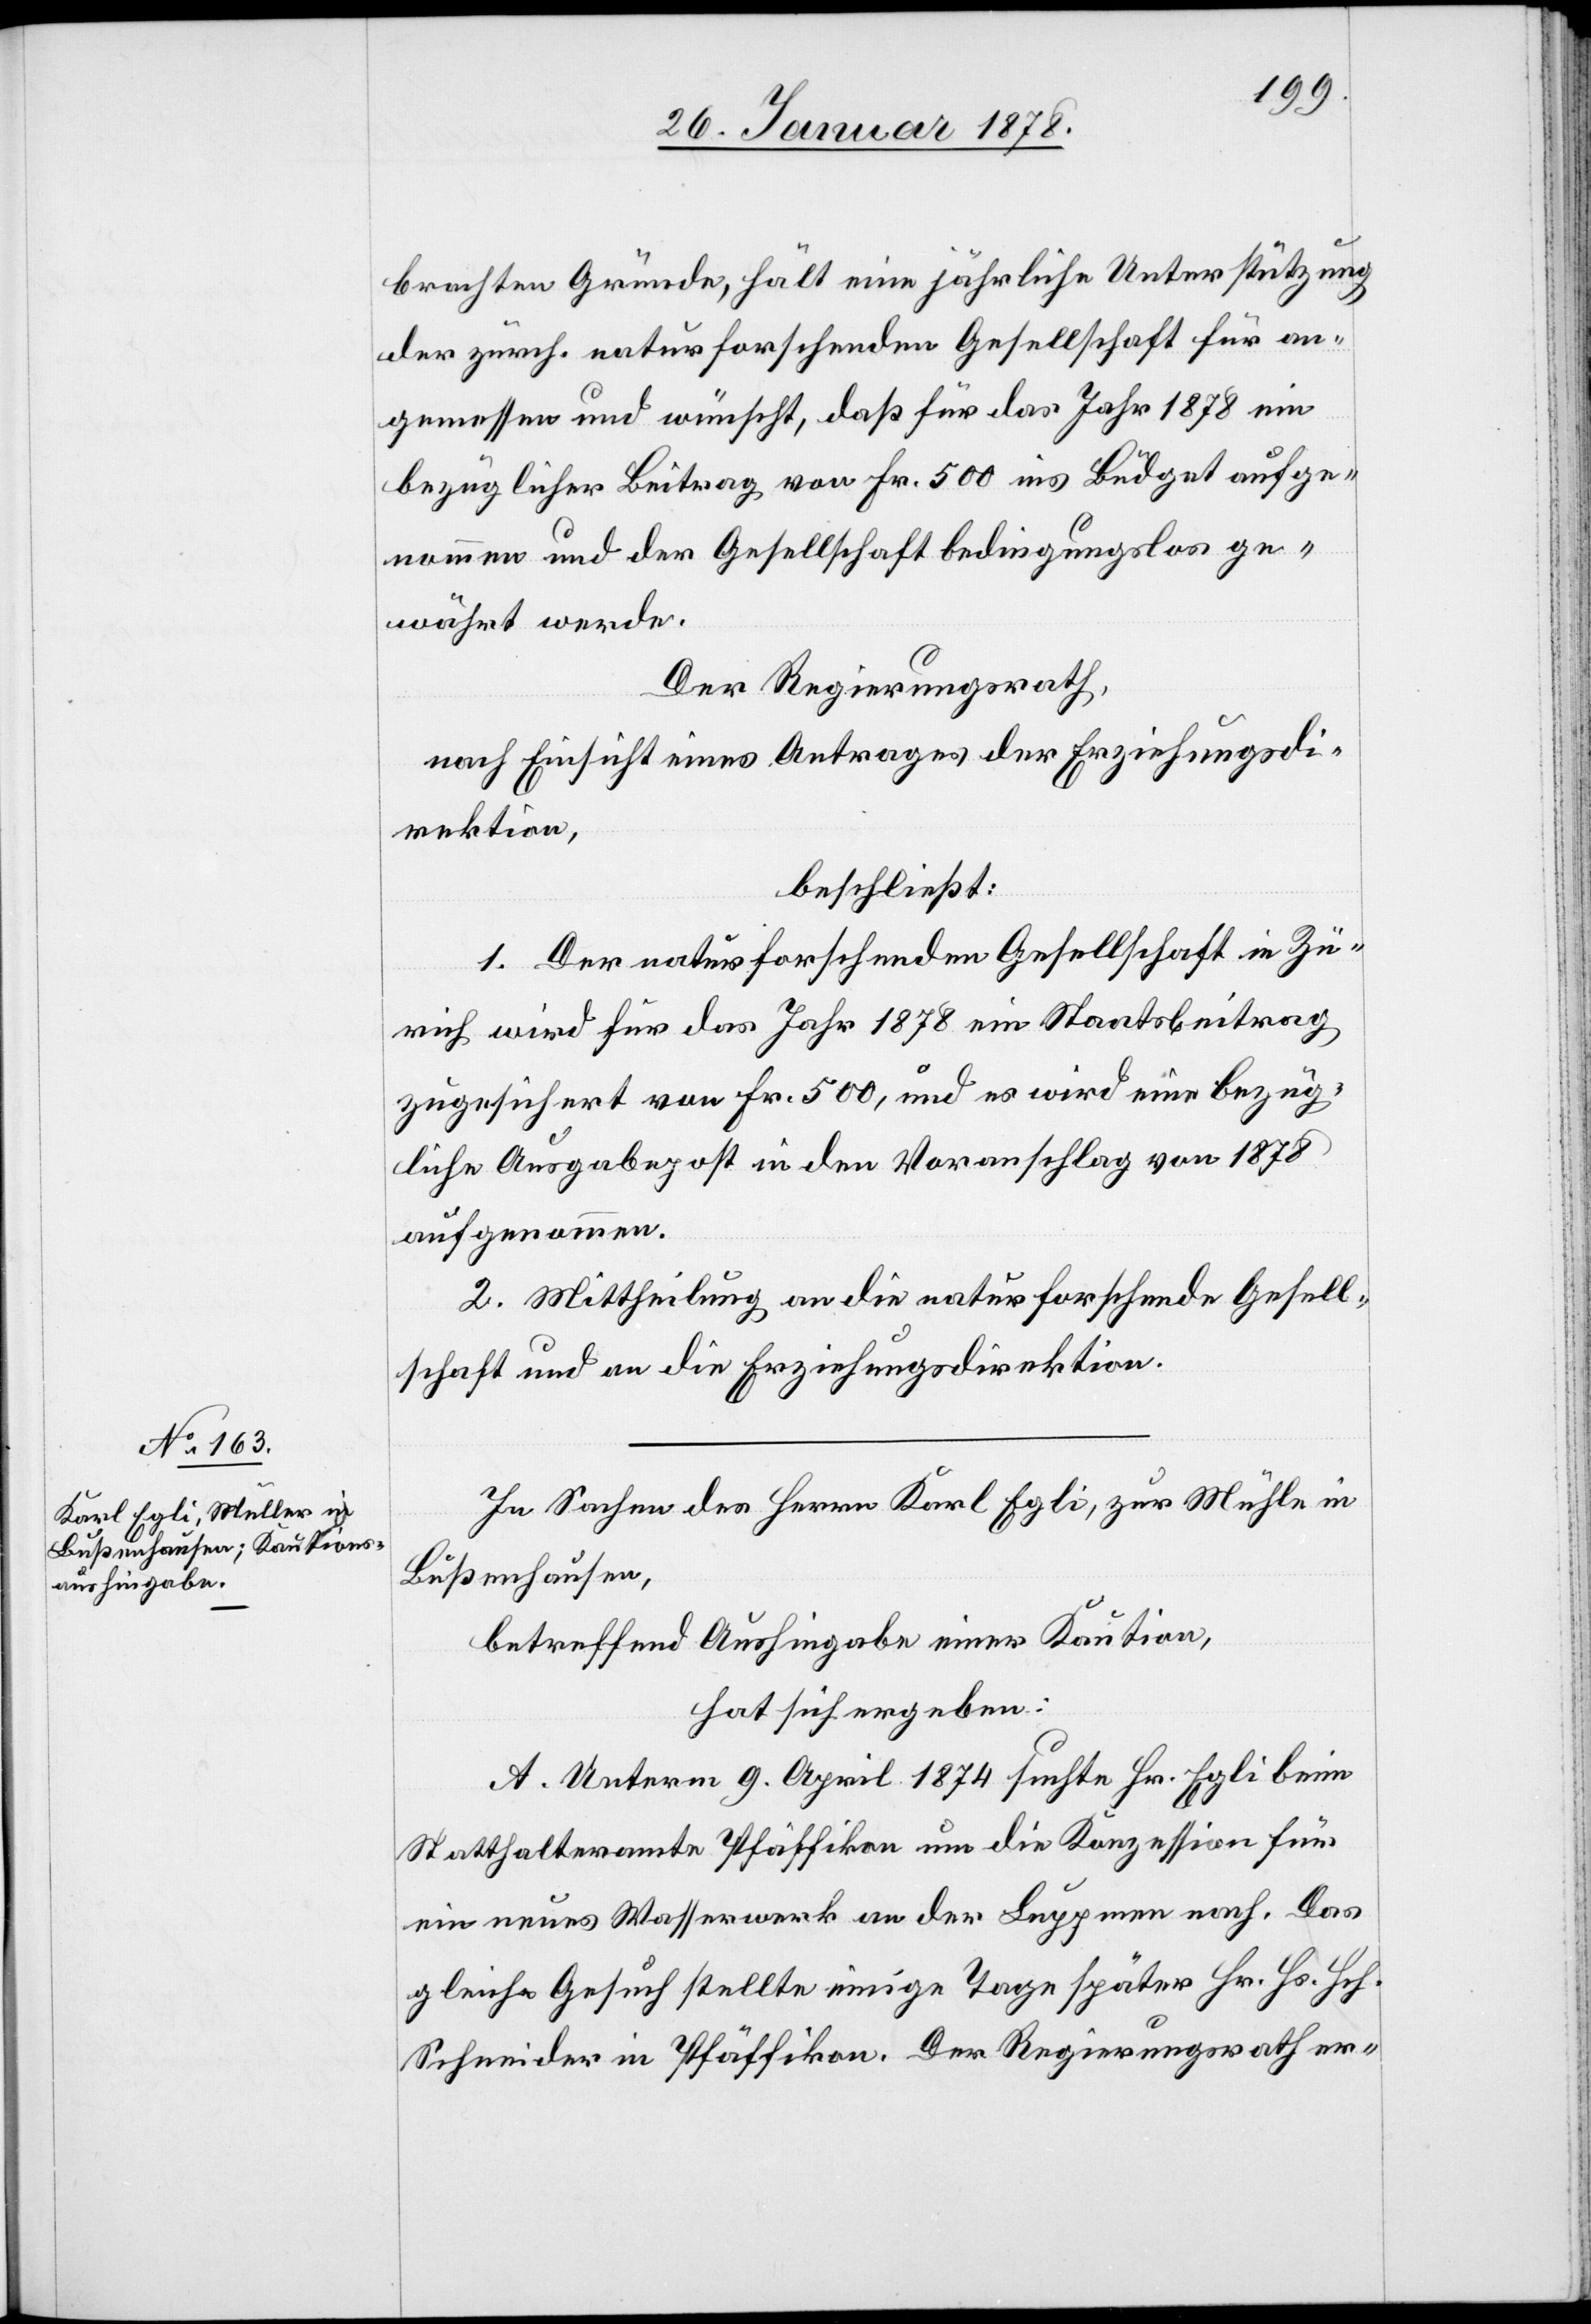
brachten Gründe, hält eine jährliche Unterstützung
der zürch. naturforschenden Gesellschaft für an¬
gemessen und wünscht, daß für das Jahr 1878 ein
bezüglicher Beitrag von Fr. 500 ins Büdget aufge¬
ein
nommen und der Gesellschaft bedingungslos ge¬
währt werde.
Der Regierungsrath,
nach Einsicht eines Antrages der Erziehungsdi¬
rektion,
beschließt:
1. Der naturforschenden Gesellschaft in Zü¬
zugesichert von Fr. 500, und es wird eine bezüg¬
liche Ausgabepost in den Voranschlag von 1878
aufgenommen.
2. Mittheilung an die naturforschende Gesell¬
schaft und an die Erziehungsdirektion.
In Sachen des Herrn Karl Egli, zur Mühle in
Bußenhausen,
betreffend Aushingabe einer Kaution,
hat sich ergeben:
A. Unterm 9. April 1874 suchte Hr. Egli beim
Statthalteramte Pfäffikon um die Konzession für
ein neues Wasserwerk an der Luppmen nach. Das
gleiche Gesuch stellte einige Tage später Hr. Hs. Hch.
Schneider in Pfäffikon. Der Regierungsrath er-